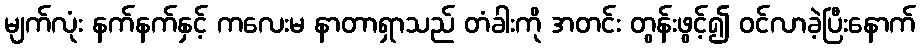
မျက်လုံး နက်နက်နှင့် ကလေးမ နာတာရှာသည် တံခါးကို အတင်း တွန်းဖွင့်၍ ဝင်လာခဲ့ပြီးနောက်